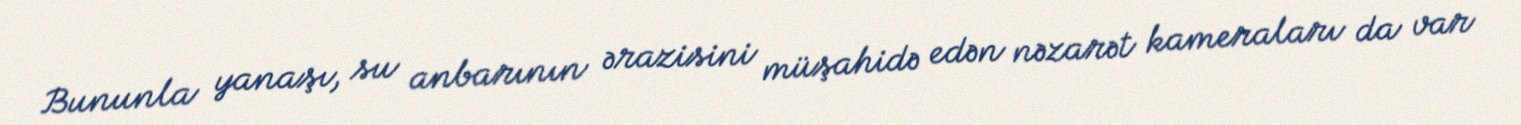
Bununla yanaşı, su anbarının ərazisini müşahidə edən nəzarət kameraları da var